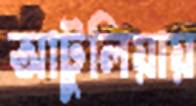
আটুলিয়ায়